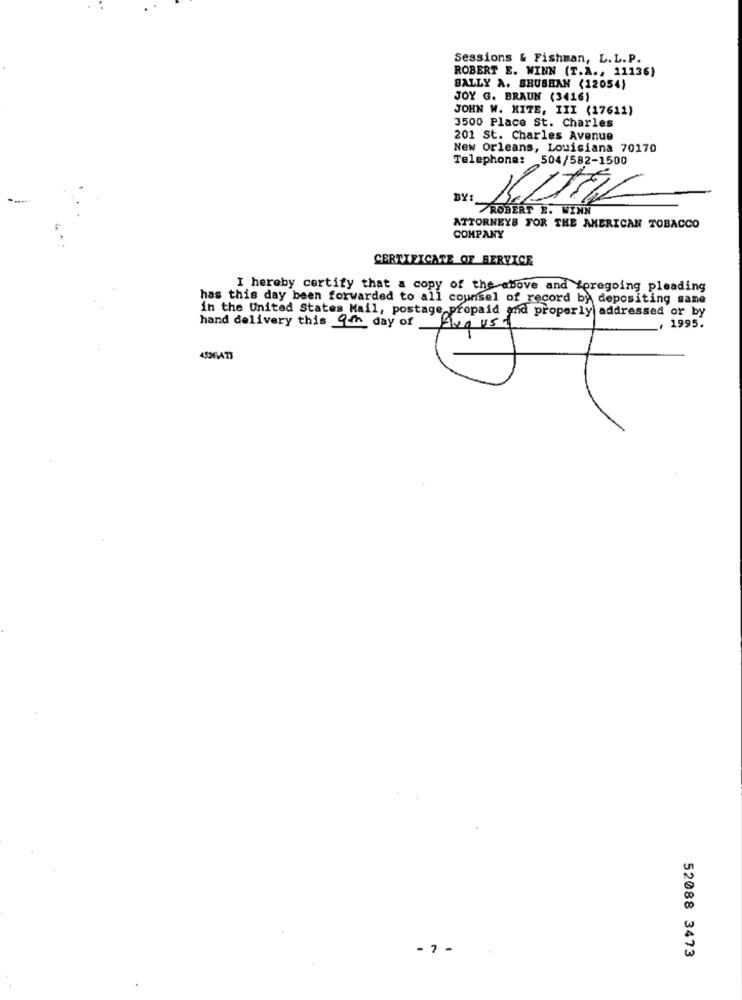
Sessions & Fishman, L. L. P.
ROBERT E. WINN (T.A ., 11136)
BALLY A. SRUBHAN (12054)
JOY G. BRAUN (3416)
JOHN W. KITE, III (17611)
3500 Place St. Charles
201 St. Charles Avenue
New Orleans, Louisiana 70170
Telephone: 504/582-1500
DY:
ROBERT B. WINN
ATTORNEYS FOR THE AMERICAN TOBACCO
COMPANY
CERTIFICATE OF BERVICE
I hereby certify that a copy of the above and foregoing pleading
has this day been forwarded to all counsel of record by depositing same
in the United States Mail, postage prepaid and properly addressed or by
hand delivery this 9th day of
August
1995.
-7 -
52088 3473